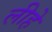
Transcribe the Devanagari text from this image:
लीहे